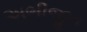
અભીજીત